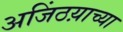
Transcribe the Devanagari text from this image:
अजिंठय़ाच्या